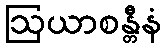
ဩယာစန္တီနံ